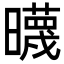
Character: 𣋻